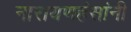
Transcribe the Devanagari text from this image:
नारायणहंसांनी